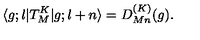
\langle g ; l | T _ { M } ^ { K } | g ; l + n \rangle = D _ { M n } ^ { ( K ) } ( g ) .